Calcutta medical institutions reports 1871-78
Year: 1871
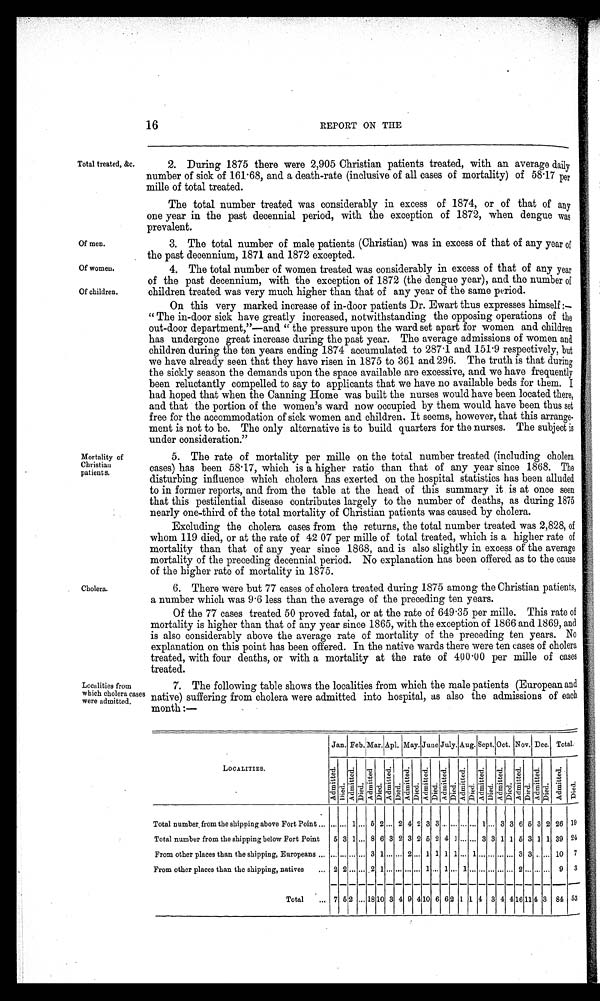
Of men.
Of women.
Of children.
16
REPORT ON THE
Total treated, &c.
Mortality of
Christian
patients.
Cholera.
2. During 1875 there were 2,905 Christian patients treated, with an average daily
number of sick of 161.68, and a death-rate (inclusive of all cases of mortality) of 58.17 per
mi l l e o f t o t a l t r e a t e d .
The total number treated was considerably in excess of 1874, or of that of any
one year in the past decennial period, with the exception of 1872, when dengue was
prevalent.
3. The total number of male patients (Christian) was in excess of that of any year of
the past decennium, 1871 and 1872 excepted.
4. The total number of women treated was considerably in excess of that of any year
of the past decennium, with the exception of 1872 (the dengue year), and the number of
children treated was very much higher than that of any year of the same period.
On this very marked increase of in-door patients Dr. Ewart thus expresses himself :—
"The in-door sick have greatly increased, notwithstanding the opposing operations of the
out-door department,"—and. "the pressure upon the ward set apart for women and children
has undergone great increase during the past year. The average admissions of women and
children during the ten years ending 1874 accumulated to 287.1 and 151.9 respectively, but
we have already seen that they have risen in 1875 to 361 and 296. The truth is that during
the sickly season the demands upon the space available are excessive, and we have frequently
been reluctantly compelled to say to applicants that we have no available beds for them. I
had hoped that when the Canning Home was built the nurses would have been located there,
and that the portion of the women's ward now occupied by them would have been thus set
free for the accommodation of sick women and children. It seems, however, that this arrange
- m e n t i s n o t t o b e . T h e o n l y a l t e r n a t i v e i s t o b u i l d q u a r t e r s f o r t h e n u r s e s . T h e s u b j e c t i s
under consideration."
5. The rate of mortality per mille on the total number treated (including cholera
cases) has been 58.17, which is a higher ratio than that of any year since 1868. The
disturbing influence which cholera has exerted on the hospital statistics has been alluded
to in former reports, and from the table at the head of this summary it is at once seen
that this pestilential disease contributes largely to the number of deaths, as during 1875
nearly one-third of the total mortality of Christian patients was caused by cholera.
Excluding the cholera cases from the returns, the total number treated was 2,828, of
whom 119 died, or at the rate of 42 07 per mille of total treated, which is a higher rate of
mortality than that of any year since 1868, and is also slightly in excess of the average
mortality of the preceding decennial period. No explanation has been offered as to the cause
of the higher rate of mortality in 1875.
6. There were but 77 cases of cholera treated during 1875 among the Christian patients,
a number which was 9.6 less than the average of the preceding ten years.
Of the 77 cases treated 50 proved fatal, or at the rate of 649.35 per mille. This rate of
mortality is higher than that of any year since 1865, with the exception of 1866 and 1869, and
is also considerably above the average rate of mortality of the preceding ten years. No
explanation on this point has been offered. In the native wards there were ten cases of cholera
treated, with four deaths, or with a mortality at the rate of 400 . 00 per mille of cases
treated.
Localities from
which cholera cases
were admitted.
7. The following table shows the localities from which the male patients (European and
native) suffering from cholera were admitted into hospital, as also the admissions of each
month :—
LOCALITIES.
Jan. Feb. Mar. Apl. May.June July. Aug. Sept. Oct. Nov. Dec. Total.
A d m i t t e d .
D i e d .
A d m i t t e d .
D i e d .
A d m i t t e d .
D i e d .
A d m i t t e d .
D i e d .
A d m i t t e d .
D i e d .
A d m i t t e d .
D i e d .
A d m i t t e d .
D i e d .
A d m i t t e d .
D i e d .
A d m i t t e d .
D i e d .
A d m i t t e d .
D i e d .
A d m i t t e d .
D i e d .
A d m i t t e d .
D i e d .
A d m i t t e d .
D i e d .
Total number, from the shipping above Fort Point
1 5 2 2 4 2 3 3
1 3 3 6 5 3 2 26 19
Total number from the shipping below Fort Point 5 3 1 8 6 3 2 3 2 5 2 4 1
3 3 1 1 5 3 1 1 39 24
From other places than the shipping, Europeans
3 1
2 1 1 1 1 1
3 3
10 7
From other places than the shipping, natives
2 2
2 1
1 1 1
2
9 3
Total
7 5 2 18 10 3 4 9 4 10 6 6 2 1 14 3 4 4 16 11 4 3 84 53